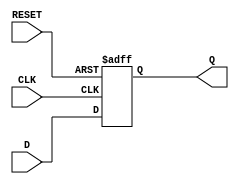
module flip_flop_register #(
    parameter N = 8          // Parameter to define the bit width of the register
)(
    input wire [N-1:0] D,   // Parallel data input
    input wire CLK,         // Clock input
    input wire RESET,       // Asynchronous reset input
    output reg [N-1:0] Q    // Parallel data output
);

    // Asynchronous Reset or Reset on rising edge of CLK
    always @(posedge CLK or posedge RESET) begin
        if (RESET) begin
            Q <= {N{1'b0}};   // Initialize register to 0 on reset
        end else begin
            Q <= D;           // Load the data into the register on the clock edge
        end
    end

endmodule